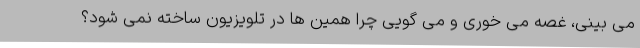
می بینی، غصه می خوری و می گویی چرا همین ها در تلویزیون ساخته نمی شود؟